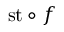
{ \mathrm { s t } } \circ f